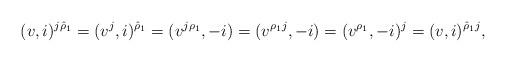
LaTeX: \begin{align*} (v,i)^{j\hat{\rho}_1} = (v^j,i)^{\hat{\rho}_1} = (v^{j\rho_1},-i) = (v^{\rho_1j},-i) = (v^{\rho_1},-i)^j = (v,i)^{\hat{\rho}_1j}, \end{align*}